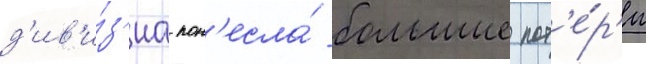
д'ив'и́з'иа пон'есла́ большие пот'е́р'и